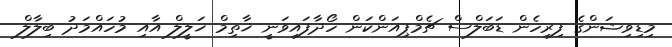
މިޑިވިޝަންގެ ފިރިހެން ޑަބަލްސް ޗެމްޕިއަންކަން ހޯދާފައިވަނީ ޚާތިމް ޚަލީލް އާއި މުހައްމަދު ބިލާލް